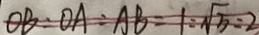
O B : O A : A B = 1 : \sqrt { 5 } : 2